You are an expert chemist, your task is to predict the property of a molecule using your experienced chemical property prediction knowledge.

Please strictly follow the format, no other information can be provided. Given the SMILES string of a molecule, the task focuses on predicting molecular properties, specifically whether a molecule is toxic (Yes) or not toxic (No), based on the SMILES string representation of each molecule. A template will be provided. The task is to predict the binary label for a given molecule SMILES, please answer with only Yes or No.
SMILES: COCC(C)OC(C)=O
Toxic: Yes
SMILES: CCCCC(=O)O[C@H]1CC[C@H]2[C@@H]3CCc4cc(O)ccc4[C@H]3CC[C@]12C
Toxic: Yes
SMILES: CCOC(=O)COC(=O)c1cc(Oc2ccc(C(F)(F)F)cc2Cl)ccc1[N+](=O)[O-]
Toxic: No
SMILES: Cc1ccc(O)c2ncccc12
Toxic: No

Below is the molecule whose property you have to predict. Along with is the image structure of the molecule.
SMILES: OCC(CO)(CO)CO
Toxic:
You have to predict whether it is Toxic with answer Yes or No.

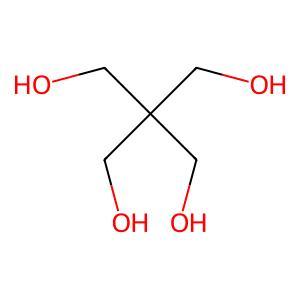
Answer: No